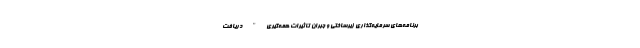
برنامه‌های سرمایه‌گذاری زیرساختی و جبران تاثیرات همه‌گیری" دریافت